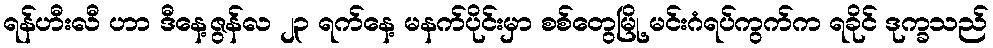
ရန်ဟီးလီ ဟာ ဒီနေ့ဇွန်လ ၂၃ ရက်နေ့ မနက်ပိုင်းမှာ စစ်တွေမြို့ မင်းဂံရပ်ကွက်က ရခိုင် ဒုက္ခသည်